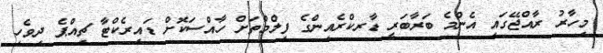
މިހާރު ރާއްޖޭގައި އެންމެ ބަރާބަރީ ޑާރކްރެއިންގެ ފިލްމްތަށް ހާއްސަކޮށް ޑައިރެކްޓާ ޗިއްޕެ ދިވެހި